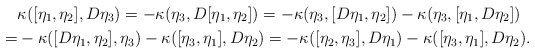
\begin{align*}&\kappa ([\eta_1 , \eta_2] , D\eta_3) = -\kappa(\eta_3 , D[\eta_1 ,\eta_2]) = -\kappa(\eta_3 , [D\eta_1 ,\eta_2]) - \kappa(\eta_3 , [\eta_1 ,D\eta_2])\\=& -\kappa([D\eta_1 , \eta_2] , \eta_3) - \kappa ([\eta_3 ,\eta_1] , D\eta_2) = -\kappa([\eta_2 , \eta_3] , D\eta_1) - \kappa ([\eta_3 ,\eta_1] , D\eta_2).\end{align*}